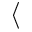
\langle